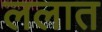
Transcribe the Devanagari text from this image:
ललात